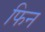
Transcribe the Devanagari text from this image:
फिन